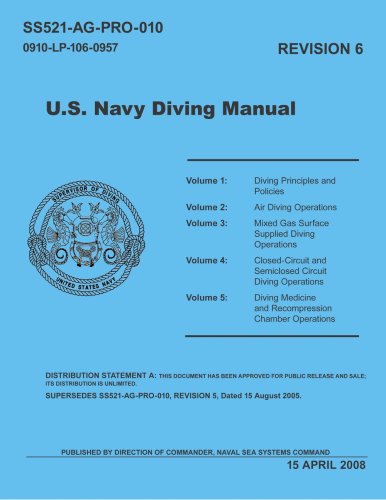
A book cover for United States Navy Diving Manual, Revision 6; Defense Dept. - U.S. Navy - Naval Sea Systems; Sports & Outdoors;